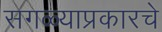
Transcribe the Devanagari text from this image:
सगळ्याप्रकारचे